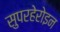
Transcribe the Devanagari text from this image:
सुपरहेरोइन